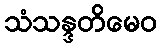
သံသန္ဒတိမေဝ